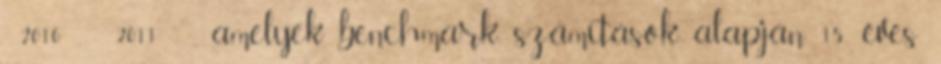
2010 , 2011 , amelyek benchmark számítások alapján 15 éves